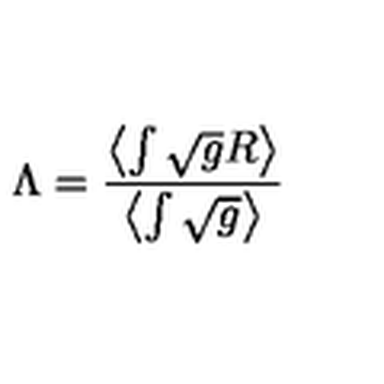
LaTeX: \Lambda = \frac { \left< \int \sqrt { g } R \right> } { \left< \int \sqrt { g } \right> }